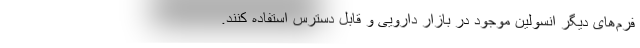
فرم‌های دیگر انسولین موجود در بازار دارویی و قابل دسترس استفاده کنند.